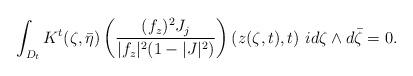
LaTeX: \begin{align*} \int_{D_t} K^t(\zeta,\bar\eta) \left(\frac{(f_z)^2J_j}{|f_z|^2(1-|J|^2)}\right)(z(\zeta,t),t)\ id\zeta\wedge d\bar\zeta=0.\end{align*}